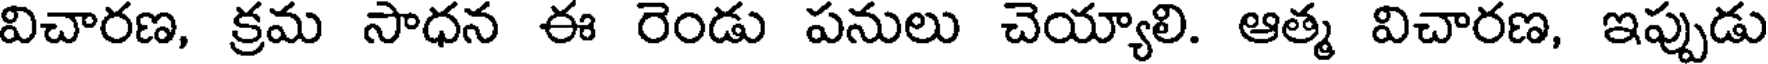
విచారణ, క్రమ సాధన ఈ రెండు పనులు చెయ్యాలి. ఆత్మ విచారణ, ఇప్పుడు